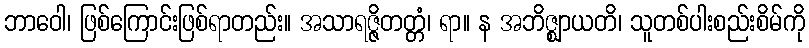
ဘာဝေါ၊ ဖြစ်ကြောင်းဖြစ်ရာတည်း။ အသာရဇ္ဇိတတ္တံ၊ ရာ။ န အဘိဇ္ဈာယတိ၊ သူတစ်ပါးစည်းစိမ်ကို